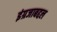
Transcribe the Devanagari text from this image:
इंग्रजाबद्दल